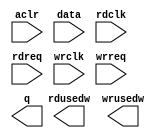
// megafunction wizard: %FIFO%VBB%
// GENERATION: STANDARD
// VERSION: WM1.0
// MODULE: dcfifo 

// ============================================================
// Megafunction Name(s):
// 			dcfifo
//
// Simulation Library Files(s):
// 			altera_mf
// ============================================================
// ************************************************************
// THIS IS A WIZARD-GENERATED FILE. DO NOT EDIT THIS FILE!
//
// 13.0.0 Build 156 04/24/2013 SJ Full Version
// ************************************************************

//Copyright (C) 1991-2013 Altera Corporation
//Your use of Altera Corporation's design tools, logic functions 
//and other software and tools, and its AMPP partner logic 
//functions, and any output files from any of the foregoing 
//(including device programming or simulation files), and any 
//associated documentation or information are expressly subject 
//to the terms and conditions of the Altera Program License 
//Subscription Agreement, Altera MegaCore Function License 
//Agreement, or other applicable license agreement, including, 
//without limitation, that your use is for the sole purpose of 
//programming logic devices manufactured by Altera and sold by 
//Altera or its authorized distributors.  Please refer to the 
//applicable agreement for further details.

module fifo_data (
	aclr,
	data,
	rdclk,
	rdreq,
	wrclk,
	wrreq,
	q,
	rdusedw,
	wrusedw);

	input	  aclr;
	input	[15:0]  data;
	input	  rdclk;
	input	  rdreq;
	input	  wrclk;
	input	  wrreq;
	output	[15:0]  q;
	output	[9:0]  rdusedw;
	output	[9:0]  wrusedw;
`ifndef ALTERA_RESERVED_QIS
// synopsys translate_off
`endif
	tri0	  aclr;
`ifndef ALTERA_RESERVED_QIS
// synopsys translate_on
`endif

endmodule

// ============================================================
// CNX file retrieval info
// ============================================================
// Retrieval info: PRIVATE: AlmostEmpty NUMERIC "0"
// Retrieval info: PRIVATE: AlmostEmptyThr NUMERIC "-1"
// Retrieval info: PRIVATE: AlmostFull NUMERIC "0"
// Retrieval info: PRIVATE: AlmostFullThr NUMERIC "-1"
// Retrieval info: PRIVATE: CLOCKS_ARE_SYNCHRONIZED NUMERIC "0"
// Retrieval info: PRIVATE: Clock NUMERIC "4"
// Retrieval info: PRIVATE: Depth NUMERIC "1024"
// Retrieval info: PRIVATE: Empty NUMERIC "1"
// Retrieval info: PRIVATE: Full NUMERIC "1"
// Retrieval info: PRIVATE: INTENDED_DEVICE_FAMILY STRING "Cyclone IV E"
// Retrieval info: PRIVATE: LE_BasedFIFO NUMERIC "0"
// Retrieval info: PRIVATE: LegacyRREQ NUMERIC "1"
// Retrieval info: PRIVATE: MAX_DEPTH_BY_9 NUMERIC "0"
// Retrieval info: PRIVATE: OVERFLOW_CHECKING NUMERIC "0"
// Retrieval info: PRIVATE: Optimize NUMERIC "2"
// Retrieval info: PRIVATE: RAM_BLOCK_TYPE NUMERIC "0"
// Retrieval info: PRIVATE: SYNTH_WRAPPER_GEN_POSTFIX STRING "0"
// Retrieval info: PRIVATE: UNDERFLOW_CHECKING NUMERIC "0"
// Retrieval info: PRIVATE: UsedW NUMERIC "1"
// Retrieval info: PRIVATE: Width NUMERIC "16"
// Retrieval info: PRIVATE: dc_aclr NUMERIC "1"
// Retrieval info: PRIVATE: diff_widths NUMERIC "0"
// Retrieval info: PRIVATE: msb_usedw NUMERIC "0"
// Retrieval info: PRIVATE: output_width NUMERIC "16"
// Retrieval info: PRIVATE: rsEmpty NUMERIC "0"
// Retrieval info: PRIVATE: rsFull NUMERIC "0"
// Retrieval info: PRIVATE: rsUsedW NUMERIC "1"
// Retrieval info: PRIVATE: sc_aclr NUMERIC "0"
// Retrieval info: PRIVATE: sc_sclr NUMERIC "0"
// Retrieval info: PRIVATE: wsEmpty NUMERIC "0"
// Retrieval info: PRIVATE: wsFull NUMERIC "0"
// Retrieval info: PRIVATE: wsUsedW NUMERIC "1"
// Retrieval info: LIBRARY: altera_mf altera_mf.altera_mf_components.all
// Retrieval info: CONSTANT: INTENDED_DEVICE_FAMILY STRING "Cyclone IV E"
// Retrieval info: CONSTANT: LPM_NUMWORDS NUMERIC "1024"
// Retrieval info: CONSTANT: LPM_SHOWAHEAD STRING "OFF"
// Retrieval info: CONSTANT: LPM_TYPE STRING "dcfifo"
// Retrieval info: CONSTANT: LPM_WIDTH NUMERIC "16"
// Retrieval info: CONSTANT: LPM_WIDTHU NUMERIC "10"
// Retrieval info: CONSTANT: OVERFLOW_CHECKING STRING "ON"
// Retrieval info: CONSTANT: RDSYNC_DELAYPIPE NUMERIC "3"
// Retrieval info: CONSTANT: READ_ACLR_SYNCH STRING "OFF"
// Retrieval info: CONSTANT: UNDERFLOW_CHECKING STRING "ON"
// Retrieval info: CONSTANT: USE_EAB STRING "ON"
// Retrieval info: CONSTANT: WRITE_ACLR_SYNCH STRING "OFF"
// Retrieval info: CONSTANT: WRSYNC_DELAYPIPE NUMERIC "3"
// Retrieval info: USED_PORT: aclr 0 0 0 0 INPUT GND "aclr"
// Retrieval info: USED_PORT: data 0 0 16 0 INPUT NODEFVAL "data[15..0]"
// Retrieval info: USED_PORT: q 0 0 16 0 OUTPUT NODEFVAL "q[15..0]"
// Retrieval info: USED_PORT: rdclk 0 0 0 0 INPUT NODEFVAL "rdclk"
// Retrieval info: USED_PORT: rdreq 0 0 0 0 INPUT NODEFVAL "rdreq"
// Retrieval info: USED_PORT: rdusedw 0 0 10 0 OUTPUT NODEFVAL "rdusedw[9..0]"
// Retrieval info: USED_PORT: wrclk 0 0 0 0 INPUT NODEFVAL "wrclk"
// Retrieval info: USED_PORT: wrreq 0 0 0 0 INPUT NODEFVAL "wrreq"
// Retrieval info: USED_PORT: wrusedw 0 0 10 0 OUTPUT NODEFVAL "wrusedw[9..0]"
// Retrieval info: CONNECT: @aclr 0 0 0 0 aclr 0 0 0 0
// Retrieval info: CONNECT: @data 0 0 16 0 data 0 0 16 0
// Retrieval info: CONNECT: @rdclk 0 0 0 0 rdclk 0 0 0 0
// Retrieval info: CONNECT: @rdreq 0 0 0 0 rdreq 0 0 0 0
// Retrieval info: CONNECT: @wrclk 0 0 0 0 wrclk 0 0 0 0
// Retrieval info: CONNECT: @wrreq 0 0 0 0 wrreq 0 0 0 0
// Retrieval info: CONNECT: q 0 0 16 0 @q 0 0 16 0
// Retrieval info: CONNECT: rdusedw 0 0 10 0 @rdusedw 0 0 10 0
// Retrieval info: CONNECT: wrusedw 0 0 10 0 @wrusedw 0 0 10 0
// Retrieval info: GEN_FILE: TYPE_NORMAL fifo_data.v TRUE
// Retrieval info: GEN_FILE: TYPE_NORMAL fifo_data.inc FALSE
// Retrieval info: GEN_FILE: TYPE_NORMAL fifo_data.cmp FALSE
// Retrieval info: GEN_FILE: TYPE_NORMAL fifo_data.bsf FALSE
// Retrieval info: GEN_FILE: TYPE_NORMAL fifo_data_inst.v TRUE
// Retrieval info: GEN_FILE: TYPE_NORMAL fifo_data_bb.v TRUE
// Retrieval info: LIB_FILE: altera_mf